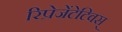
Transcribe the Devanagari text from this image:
रिप्रेजेंटेटिवस्